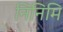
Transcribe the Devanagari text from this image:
निनिमि